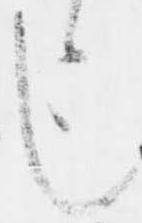
也